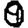
Digit: 0